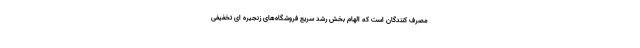
مصرف کنندگان است که الهام بخش رشد سریع فروشگاه‌های زنجیره ای تخفیفی